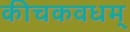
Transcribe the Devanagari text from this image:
कीचकवधम्